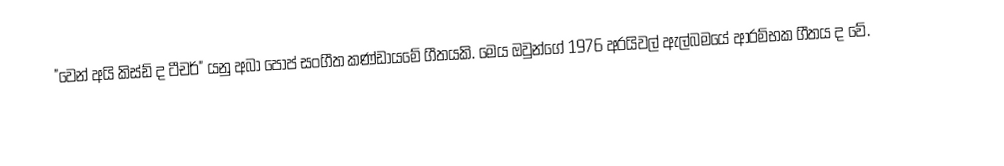
"වෙන් අයි කිස්ඩ් ද ටීචර්" යනු අබා පොප් සංගීත කණ්ඩායමේ ගීතයකි. මෙය ඔවුන්ගේ 1976 අරයිවල් ඇල්බමයේ ආරම්භක ගීතය ද වේ.